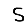
Digit: 5